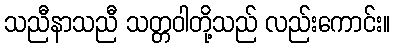
သညီနာသညီ သတ္တဝါတို့သည် လည်းကောင်း။